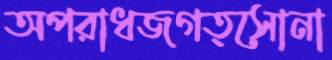
অপরাধজগত্সোনা